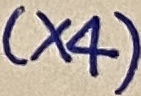
Text: (×4)